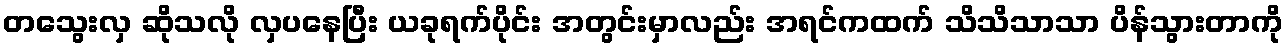
တသွေးလှ ဆိုသလို လှပနေပြီး ယခုရက်ပိုင်း အတွင်းမှာလည်း အရင်ကထက် သိသိသာသာ ပိန်သွားတာကို